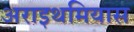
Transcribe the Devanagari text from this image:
अराइथमियास